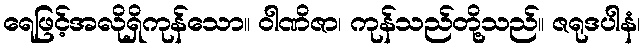
ရေဖြင့်အလိုရှိကုန်သော။ ဝါဏိဇာ၊ ကုန်သည်တို့သည်။ ဇရုဒပါနံ၊